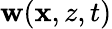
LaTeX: \mathbf{w}(\mathbf{{x}},z,t)